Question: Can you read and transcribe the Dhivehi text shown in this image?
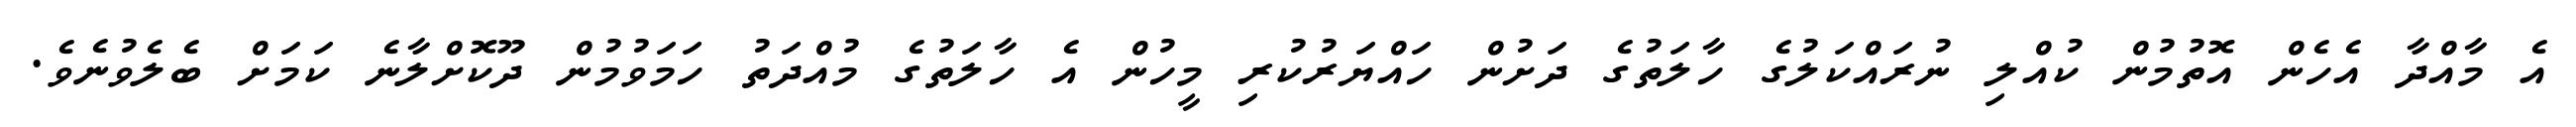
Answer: އެ މާއްދާ އެހެން އޮތުމުން ކުއްލި ނުރައްކަލުގެ ހާލަތުގެ ދަށުން ހައްޔަރުކުރި މީހުން އެ ހާލަތުގެ މުއްދަތު ހަމަވުމުން ދޫކޮށްލާނެ ކަމަށް ބެލެވުނެވެ.